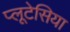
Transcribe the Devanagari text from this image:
प्लूटेसिया